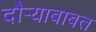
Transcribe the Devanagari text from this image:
दौर्‍याबाबत